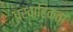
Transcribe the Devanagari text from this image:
प्रवाहिकता